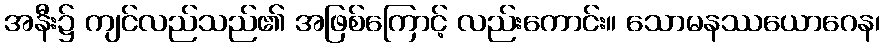
အနီး၌ ကျင်လည်သည်၏ အဖြစ်ကြောင့် လည်းကောင်း။ သောမနဿယောဂေန၊